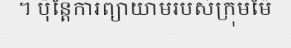
។ ប៉ុន្តែការព្យាយាមរបស់ក្រុមម៉ែ